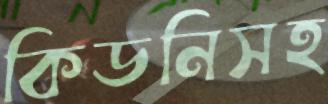
কিডনিসহ